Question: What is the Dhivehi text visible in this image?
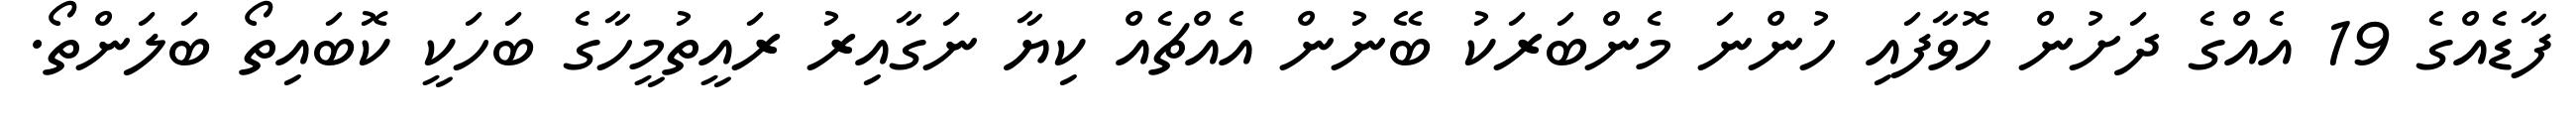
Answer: ފާޑެއްގެ 19 އެއްގެ ދަށުން ހޮވާފައި ހުންނަ މެންބަރަކު ބޭނުން އެއްޗެއް ކިޔާ ނަގާއިރު ރައީތުމީހާގެ ބަހަކީ ކޮބައިތޯ ބަލަންތޯ.